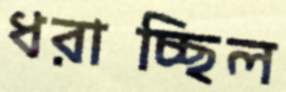
ধরাচ্ছিল